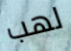
لهب